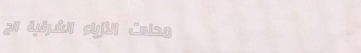
محلات الأزياء الشرقية الج